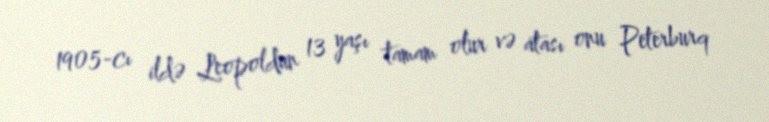
1905-cı ildə Leopoldun 13 yaşı tamam olur və atası onu Peterburq